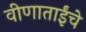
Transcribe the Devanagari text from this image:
वीणाताईंचे